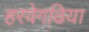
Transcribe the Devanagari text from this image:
हरवेगढि़या